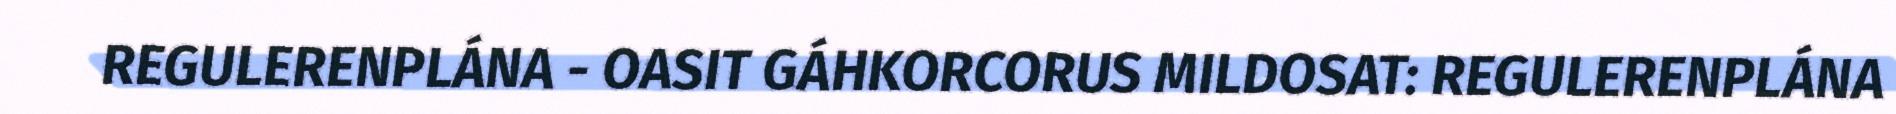
REGULERENPLÁNA - OASIT GÁHKORCORUS MILDOSAT: REGULERENPLÁNA